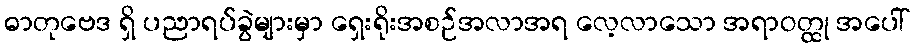
ဓာတုဗေဒ ရှိ ပညာရပ်ခွဲများမှာ ရှေးရိုးအစဉ်အလာအရ လေ့လာသော အရာဝတ္ထု အပေါ်